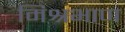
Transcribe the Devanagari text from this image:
मिश्रभाण